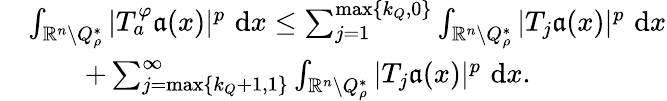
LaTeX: \begin{array}{rl}&{\int_{\mathbb{R}^{n}\setminus Q_{\rho}^{*}}|T_{a}^{\varphi}\mathfrak{a}(x)|^{p}\, \, \mathrm{d}x\leq\sum_{j=1}^{\operatorname*{max}\{ k_{Q},0\} }\int_{\mathbb{R}^{n}\setminus Q_{\rho}^{*}}|T_{j}\mathfrak{a}(x)|^{p}\, \, \mathrm{d}x}\\ &{\qquad+\sum_{j=\operatorname*{max}\{ k_{Q}+1,1\} }^{\infty}\int_{\mathbb{R}^{n}\setminus Q_{\rho}^{*}}|T_{j}\mathfrak{a}(x)|^{p}\, \, \mathrm{d}x.}\end{array}